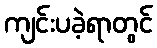
ကျင်းပခဲ့ရာတွင်